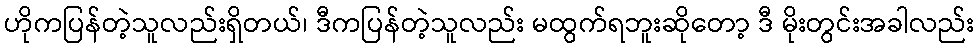
ဟိုကပြန်တဲ့သူလည်းရှိတယ်၊ ဒီကပြန်တဲ့သူလည်း မထွက်ရဘူးဆိုတော့ ဒီ မိုးတွင်းအခါလည်း